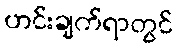
ဟင်းချက်ရာတွင်